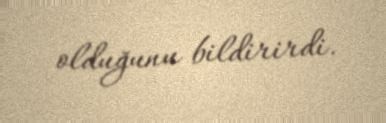
olduğunu bildirirdi.